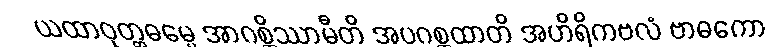
ယထာဝုတ္တဓမ္မေ အာဂစ္ဆိဿာမီတိ အပဂစ္ဆထာတိ အဟိရိကဗလံ ဗာဓကော